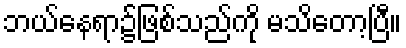
ဘယ်နေရာ၌ဖြစ်သည်ကို မသိတော့ပြီ။